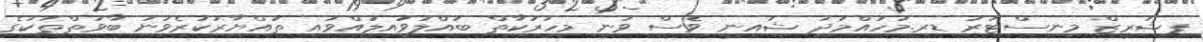
ފިޝަރީޒް މިނިސްޓަރު ޑރ.މުހައްމަދު ޝައިނީ ވެސް ވަނީ މިހަރަކާތް ބައްލަވައިލައްވައި ތައްޔާރުކުރެވުނު ބާވަތްތަކުގެ